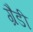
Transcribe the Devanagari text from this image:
ग्रैडी